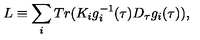
L \equiv \sum _ { i } T r ( K _ { i } g _ { i } ^ { - 1 } ( \tau ) D _ { \tau } g _ { i } ( \tau ) ) ,